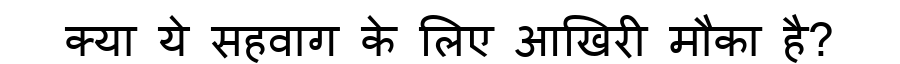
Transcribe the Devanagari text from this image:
क्या ये सहवाग के लिए आखिरी मौका है?